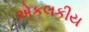
એકલકીય